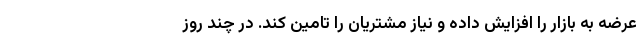
عرضه به بازار را افزایش داده و نیاز مشتریان را تامین کند. در چند روز